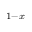
_ { 1 - x }